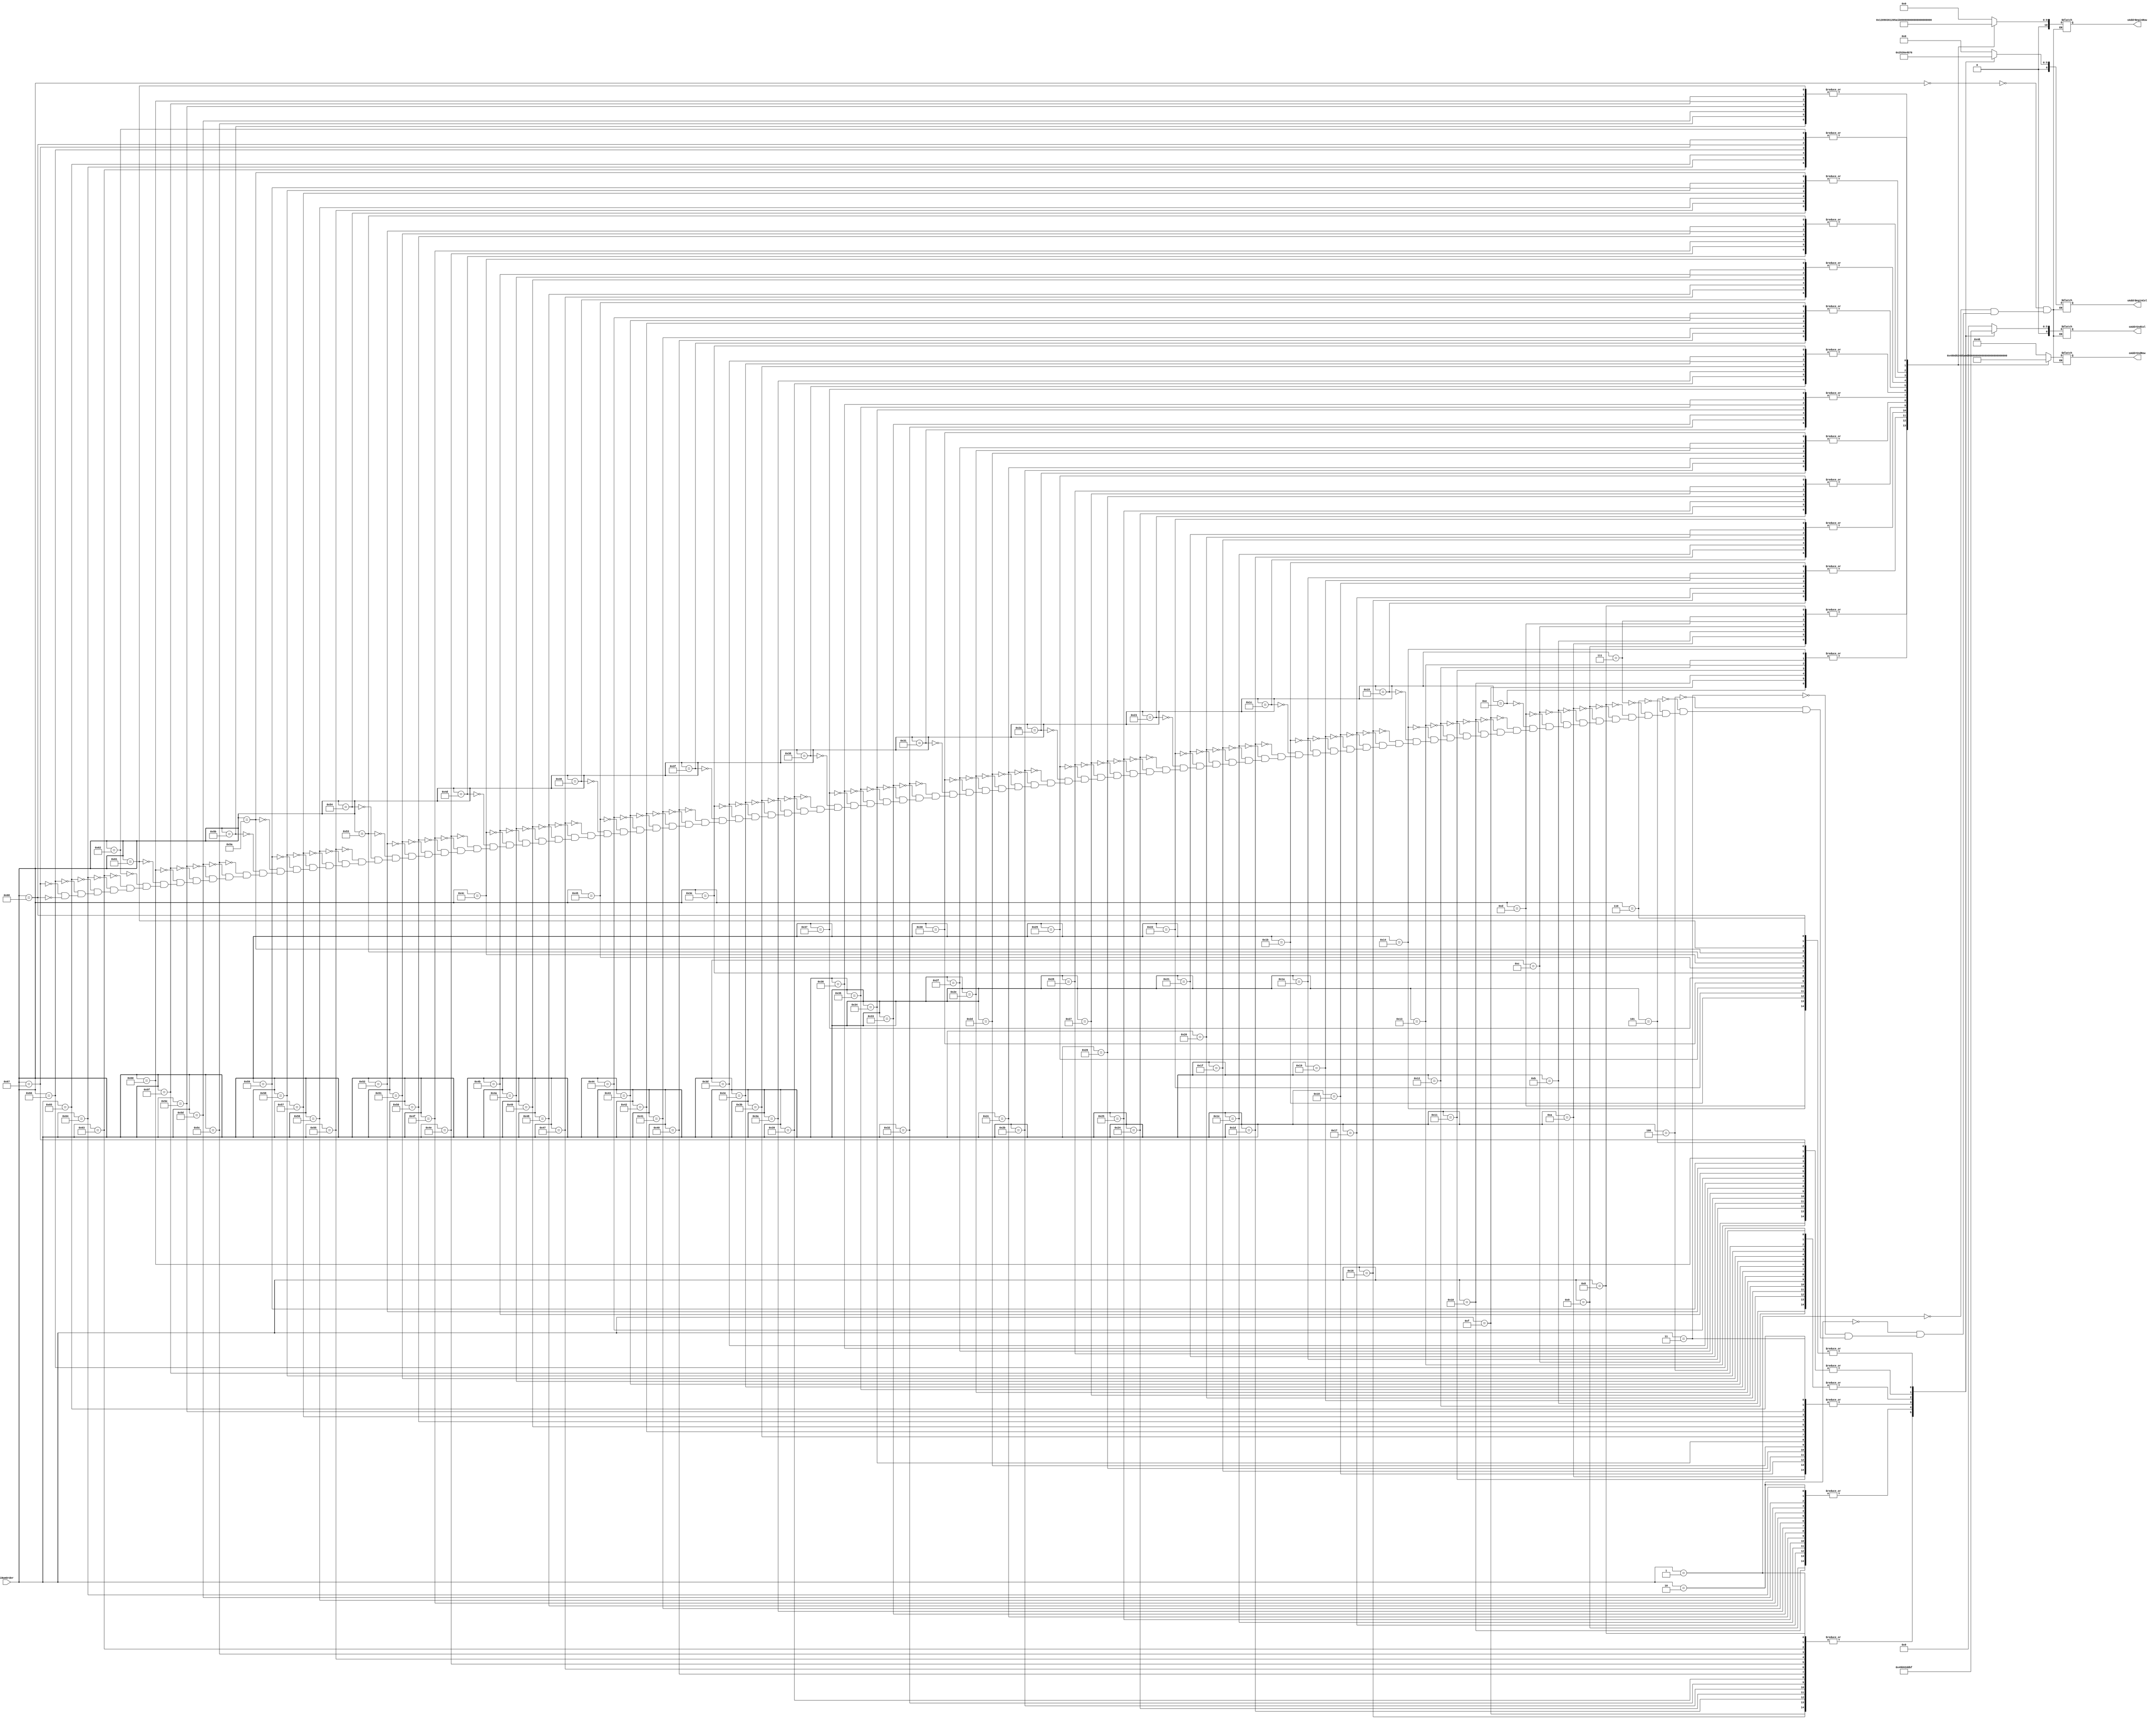
module Pre_Decoder(

input [6:0] iNumOrder,
output reg [10:0] oAddrBeginRow, oAddrEndRow,
output reg [6:0] oAddrBeginCol, oAddrEndCol
);
  
  wire [10:0] row1, row2, row3, row4, row5, row6, row7, row8;
  wire [10:0] row9, row10, row11, row12, row13, row14, row15, row16;
  
  wire [6:0] col1, col2, col3, col4, col5, col6, col7, col8;
  
  assign col1 = 7'd0;
  assign col2 = 7'd9;
  assign col3 = 7'd18;
  assign col4 = 7'd27;
  assign col5 = 7'd36;
  assign col6 = 7'd45;
  assign col7 = 7'd54;
  assign col8 = 7'd63;
  
  assign row1 = 14'd0;
  assign row2 = 14'd72;
  assign row3 = 14'd144;
  assign row4 = 14'd216;
  assign row5 = 14'd288;
  assign row6 = 14'd360;
  assign row7 = 14'd432;
  assign row8 = 14'd504;
  assign row9 = 14'd576;
  assign row10 = 14'd648;
  assign row11 = 14'd720;
  assign row12 = 14'd792;
  assign row13 = 14'd864;
  assign row14 = 14'd936;
  assign row15 = 14'd1008;
  assign row16 = 14'd1080;
  
  
  always @(iNumOrder)
  begin
    case (iNumOrder)
      7'd0 : begin 
			 oAddrBeginRow = row1;
			 oAddrEndRow   = row2;
             oAddrBeginCol = col1; 
			 oAddrEndCol   = col2; 
			 end
	  7'd1 : begin 
			 oAddrBeginRow = row1;
			 oAddrEndRow   = row2;
             oAddrBeginCol = col2; 
			 oAddrEndCol   = col3; 
			 end
	  7'd2 : begin 
			 oAddrBeginRow = row1;
			 oAddrEndRow   = row2;
             oAddrBeginCol = col3; 
			 oAddrEndCol   = col4; 
			 end
	  7'd3 : begin 
			 oAddrBeginRow = row1;
			 oAddrEndRow   = row2;
             oAddrBeginCol = col4; 
			 oAddrEndCol   = col5; 
			 end
	  7'd4 : begin 
			 oAddrBeginRow = row1;
			 oAddrEndRow   = row2;
             oAddrBeginCol = col5; 
			 oAddrEndCol   = col6; 
			 end
	  7'd5 : begin 
			 oAddrBeginRow = row1;
			 oAddrEndRow   = row2;
             oAddrBeginCol = col6; 
			 oAddrEndCol   = col7; 
			 end
	  7'd6 : begin 
			 oAddrBeginRow = row1;
			 oAddrEndRow   = row2;
             oAddrBeginCol = col7; 
			 oAddrEndCol   = col8; 
			 end
	/////////////////////////////		 
	  7'd7 : begin 
			 oAddrBeginRow = row2;
			 oAddrEndRow   = row3;
             oAddrBeginCol = col1; 
			 oAddrEndCol   = col2; 
			 end
	  7'd8 : begin 
			 oAddrBeginRow = row2;
			 oAddrEndRow   = row3;
             oAddrBeginCol = col2; 
			 oAddrEndCol   = col3; 
			 end
	  7'd9 : begin 
			 oAddrBeginRow = row2;
			 oAddrEndRow   = row3;
             oAddrBeginCol = col3; 
			 oAddrEndCol   = col4; 
			 end
	  7'd10 : begin 
			 oAddrBeginRow = row2;
			 oAddrEndRow   = row3;
             oAddrBeginCol = col4; 
			 oAddrEndCol   = col5; 
			 end
	  7'd11 : begin 
			 oAddrBeginRow = row2;
			 oAddrEndRow   = row3;
             oAddrBeginCol = col5; 
			 oAddrEndCol   = col6; 
			 end
	  7'd12 : begin 
			 oAddrBeginRow = row2;
			 oAddrEndRow   = row3;
             oAddrBeginCol = col6; 
			 oAddrEndCol   = col7; 
			 end
	  7'd13 : begin 
			 oAddrBeginRow = row2;
			 oAddrEndRow   = row3;
             oAddrBeginCol = col7; 
			 oAddrEndCol   = col8; 
			 end  
			 
	///////////////////////////
	
	  7'd14 : begin 
			 oAddrBeginRow = row3;
			 oAddrEndRow   = row4;
             oAddrBeginCol = col1; 
			 oAddrEndCol   = col2; 
			 end
	  7'd15 : begin 
			 oAddrBeginRow = row3;
			 oAddrEndRow   = row4;
             oAddrBeginCol = col2; 
			 oAddrEndCol   = col3; 
			 end
	  7'd16 : begin 
			 oAddrBeginRow = row3;
			 oAddrEndRow   = row4;
             oAddrBeginCol = col3; 
			 oAddrEndCol   = col4; 
			 end
	  7'd17 : begin 
			 oAddrBeginRow = row3;
			 oAddrEndRow   = row4;
             oAddrBeginCol = col4; 
			 oAddrEndCol   = col5; 
			 end
	  7'd18 : begin 
			 oAddrBeginRow = row3;
			 oAddrEndRow   = row4;
             oAddrBeginCol = col5; 
			 oAddrEndCol   = col6; 
			 end
	  7'd19 : begin 
			 oAddrBeginRow = row3;
			 oAddrEndRow   = row4;
             oAddrBeginCol = col6; 
			 oAddrEndCol   = col7; 
			 end
	  7'd20 : begin 
			 oAddrBeginRow = row3;
			 oAddrEndRow   = row4;
             oAddrBeginCol = col7; 
			 oAddrEndCol   = col8; 
			 end
	//////////////////////////
	
	  7'd21 : begin 
			 oAddrBeginRow = row4;
			 oAddrEndRow   = row5;
             oAddrBeginCol = col1; 
			 oAddrEndCol   = col2; 
			 end
	  7'd22 : begin 
			 oAddrBeginRow = row4;
			 oAddrEndRow   = row5;
             oAddrBeginCol = col2; 
			 oAddrEndCol   = col3; 
			 end
	  7'd23 : begin 
			 oAddrBeginRow = row4;
			 oAddrEndRow   = row5;
             oAddrBeginCol = col3; 
			 oAddrEndCol   = col4; 
			 end
	  7'd24 : begin 
			 oAddrBeginRow = row4;
			 oAddrEndRow   = row5;
             oAddrBeginCol = col4; 
			 oAddrEndCol   = col5; 
			 end
	  7'd25 : begin 
			 oAddrBeginRow = row4;
			 oAddrEndRow   = row5;
             oAddrBeginCol = col5; 
			 oAddrEndCol   = col6; 
			 end
	  7'd26 : begin 
			 oAddrBeginRow = row4;
			 oAddrEndRow   = row5;
             oAddrBeginCol = col6; 
			 oAddrEndCol   = col7; 
			 end
	  7'd27 : begin 
			 oAddrBeginRow = row4;
			 oAddrEndRow   = row5;
             oAddrBeginCol = col7; 
			 oAddrEndCol   = col8; 
			 end
    //////////////////////////
	
	  7'd28 : begin 
			 oAddrBeginRow = row5;
			 oAddrEndRow   = row6;
             oAddrBeginCol = col1; 
			 oAddrEndCol   = col2; 
			 end
	  7'd29 : begin 
			 oAddrBeginRow = row5;
			 oAddrEndRow   = row6;
             oAddrBeginCol = col2; 
			 oAddrEndCol   = col3; 
			 end
	  7'd30 : begin 
			 oAddrBeginRow = row5;
			 oAddrEndRow   = row6;
             oAddrBeginCol = col3; 
			 oAddrEndCol   = col4; 
			 end
	  7'd31 : begin 
			 oAddrBeginRow = row5;
			 oAddrEndRow   = row6;
             oAddrBeginCol = col4; 
			 oAddrEndCol   = col5; 
			 end
	  7'd32 : begin 
			 oAddrBeginRow = row5;
			 oAddrEndRow   = row6;
             oAddrBeginCol = col5; 
			 oAddrEndCol   = col6; 
			 end
	  7'd33 : begin 
			 oAddrBeginRow = row5;
			 oAddrEndRow   = row6;
             oAddrBeginCol = col6; 
			 oAddrEndCol   = col7; 
			 end
	  7'd34 : begin 
			 oAddrBeginRow = row5;
			 oAddrEndRow   = row6;
             oAddrBeginCol = col7; 
			 oAddrEndCol   = col8; 
			 end
	//////////////////////////
	
	  7'd35 : begin 
			 oAddrBeginRow = row6;
			 oAddrEndRow   = row7;
             oAddrBeginCol = col1; 
			 oAddrEndCol   = col2; 
			 end
	  7'd36 : begin 
			 oAddrBeginRow = row6;
			 oAddrEndRow   = row7;
             oAddrBeginCol = col2; 
			 oAddrEndCol   = col3; 
			 end
	  7'd37 : begin 
			 oAddrBeginRow = row6;
			 oAddrEndRow   = row7;
             oAddrBeginCol = col3; 
			 oAddrEndCol   = col4; 
			 end
	  7'd38 : begin 
			 oAddrBeginRow = row6;
			 oAddrEndRow   = row7;
             oAddrBeginCol = col4; 
			 oAddrEndCol   = col5; 
			 end
	  7'd39 : begin 
			 oAddrBeginRow = row6;
			 oAddrEndRow   = row7;
             oAddrBeginCol = col5; 
			 oAddrEndCol   = col6; 
			 end
	  7'd40 : begin 
			 oAddrBeginRow = row6;
			 oAddrEndRow   = row7;
             oAddrBeginCol = col6; 
			 oAddrEndCol   = col7; 
			 end
	  7'd41 : begin 
			 oAddrBeginRow = row6;
			 oAddrEndRow   = row7;
             oAddrBeginCol = col7; 
			 oAddrEndCol   = col8; 
			 end
			 
	///////////////////////////
	
	  7'd42 : begin 
			 oAddrBeginRow = row7;
			 oAddrEndRow   = row8;
             oAddrBeginCol = col1; 
			 oAddrEndCol   = col2; 
			 end
	  7'd43 : begin 
			 oAddrBeginRow = row7;
			 oAddrEndRow   = row8;
             oAddrBeginCol = col2; 
			 oAddrEndCol   = col3; 
			 end
	  7'd44 : begin 
			 oAddrBeginRow = row7;
			 oAddrEndRow   = row8;
             oAddrBeginCol = col3; 
			 oAddrEndCol   = col4; 
			 end
	  7'd45 : begin 
			 oAddrBeginRow = row7;
			 oAddrEndRow   = row8;
             oAddrBeginCol = col4; 
			 oAddrEndCol   = col5; 
			 end
	  7'd46 : begin 
			 oAddrBeginRow = row7;
			 oAddrEndRow   = row8;
             oAddrBeginCol = col5; 
			 oAddrEndCol   = col6; 
			 end
	  7'd47 : begin 
			 oAddrBeginRow = row7;
			 oAddrEndRow   = row8;
             oAddrBeginCol = col6; 
			 oAddrEndCol   = col7; 
			 end
	  7'd48 : begin 
			 oAddrBeginRow = row7;
			 oAddrEndRow   = row8;
             oAddrBeginCol = col7; 
			 oAddrEndCol   = col8; 
			 end
	////////////////////////////

	  7'd49 : begin 
			 oAddrBeginRow = row8;
			 oAddrEndRow   = row9;
             oAddrBeginCol = col1; 
			 oAddrEndCol   = col2; 
			 end
	  7'd50 : begin 
			 oAddrBeginRow = row8;
			 oAddrEndRow   = row9;
             oAddrBeginCol = col2; 
			 oAddrEndCol   = col3; 
			 end
	  7'd51 : begin 
			 oAddrBeginRow = row8;
			 oAddrEndRow   = row9;
             oAddrBeginCol = col3; 
			 oAddrEndCol   = col4; 
			 end
	  7'd52 : begin 
			 oAddrBeginRow = row8;
			 oAddrEndRow   = row9;
             oAddrBeginCol = col4; 
			 oAddrEndCol   = col5; 
			 end
	  7'd53 : begin 
			 oAddrBeginRow = row8;
			 oAddrEndRow   = row9;
             oAddrBeginCol = col5; 
			 oAddrEndCol   = col6; 
			 end
	  7'd54 : begin 
			 oAddrBeginRow = row8;
			 oAddrEndRow   = row9;
             oAddrBeginCol = col6; 
			 oAddrEndCol   = col7; 
			 end
	  7'd55 : begin 
			 oAddrBeginRow = row8;
			 oAddrEndRow   = row9;
             oAddrBeginCol = col7; 
			 oAddrEndCol   = col8; 
			 end
			 
	////////////////////////////
	
	  7'd56 : begin 
			 oAddrBeginRow = row9;
			 oAddrEndRow   = row10;
             oAddrBeginCol = col1; 
			 oAddrEndCol   = col2; 
			 end
	  7'd57 : begin 
			 oAddrBeginRow = row9;
			 oAddrEndRow   = row10;
             oAddrBeginCol = col2; 
			 oAddrEndCol   = col3; 
			 end
	  7'd58 : begin 
			 oAddrBeginRow = row9;
			 oAddrEndRow   = row10;
             oAddrBeginCol = col3; 
			 oAddrEndCol   = col4; 
			 end
	  7'd59 : begin 
			 oAddrBeginRow = row9;
			 oAddrEndRow   = row10;
             oAddrBeginCol = col4; 
			 oAddrEndCol   = col5; 
			 end
	  7'd60 : begin 
			 oAddrBeginRow = row9;
			 oAddrEndRow   = row10;
             oAddrBeginCol = col5; 
			 oAddrEndCol   = col6; 
			 end
	  7'd61 : begin 
			 oAddrBeginRow = row9;
			 oAddrEndRow   = row10;
             oAddrBeginCol = col6; 
			 oAddrEndCol   = col7; 
			 end
	  7'd62 : begin 
			 oAddrBeginRow = row9;
			 oAddrEndRow   = row10;
             oAddrBeginCol = col7; 
			 oAddrEndCol   = col8; 
			 end
	////////////////////////////
	
	  7'd63 : begin 
			 oAddrBeginRow = row10;
			 oAddrEndRow   = row11;
             oAddrBeginCol = col1; 
			 oAddrEndCol   = col2; 
			 end
	  7'd64 : begin 
			 oAddrBeginRow = row10;
			 oAddrEndRow   = row11;
             oAddrBeginCol = col2; 
			 oAddrEndCol   = col3; 
			 end
	  7'd65 : begin 
			 oAddrBeginRow = row10;
			 oAddrEndRow   = row11;
             oAddrBeginCol = col3; 
			 oAddrEndCol   = col4; 
			 end
	  7'd66 : begin 
			 oAddrBeginRow = row10;
			 oAddrEndRow   = row11;
             oAddrBeginCol = col4; 
			 oAddrEndCol   = col5; 
			 end
	  7'd67 : begin 
			 oAddrBeginRow = row10;
			 oAddrEndRow   = row11;
             oAddrBeginCol = col5; 
			 oAddrEndCol   = col6; 
			 end
	  7'd68 : begin 
			 oAddrBeginRow = row10;
			 oAddrEndRow   = row11;
             oAddrBeginCol = col6; 
			 oAddrEndCol   = col7; 
			 end
	  7'd69 : begin 
			 oAddrBeginRow = row10;
			 oAddrEndRow   = row11;
             oAddrBeginCol = col7; 
			 oAddrEndCol   = col8; 
			 end
	//////////////////////////////
	
	  7'd70 : begin 
			 oAddrBeginRow = row11;
			 oAddrEndRow   = row12;
             oAddrBeginCol = col1; 
			 oAddrEndCol   = col2; 
			 end
	  7'd71 : begin 
			 oAddrBeginRow = row11;
			 oAddrEndRow   = row12;
             oAddrBeginCol = col2; 
			 oAddrEndCol   = col3; 
			 end
	  7'd72 : begin 
			 oAddrBeginRow = row11;
			 oAddrEndRow   = row12;
             oAddrBeginCol = col3; 
			 oAddrEndCol   = col4; 
			 end
	  7'd73 : begin 
			 oAddrBeginRow = row11;
			 oAddrEndRow   = row12;
             oAddrBeginCol = col4; 
			 oAddrEndCol   = col5; 
			 end
	  7'd74 : begin 
			 oAddrBeginRow = row11;
			 oAddrEndRow   = row12;
             oAddrBeginCol = col5; 
			 oAddrEndCol   = col6; 
			 end
	  7'd75 : begin 
			 oAddrBeginRow = row11;
			 oAddrEndRow   = row12;
             oAddrBeginCol = col6; 
			 oAddrEndCol   = col7; 
			 end
	  7'd76 : begin 
			 oAddrBeginRow = row11;
			 oAddrEndRow   = row12;
             oAddrBeginCol = col7; 
			 oAddrEndCol   = col8; 
			 end
	////////////////////////////
	
	  7'd77 : begin 
			 oAddrBeginRow = row12;
			 oAddrEndRow   = row13;
             oAddrBeginCol = col1; 
			 oAddrEndCol   = col2; 
			 end
	  7'd78 : begin 
			 oAddrBeginRow = row12;
			 oAddrEndRow   = row13;
             oAddrBeginCol = col2; 
			 oAddrEndCol   = col3; 
			 end
	  7'd79 : begin 
			 oAddrBeginRow = row12;
			 oAddrEndRow   = row13;
             oAddrBeginCol = col3; 
			 oAddrEndCol   = col4; 
			 end
	  7'd80 : begin 
			 oAddrBeginRow = row12;
			 oAddrEndRow   = row13;
             oAddrBeginCol = col4; 
			 oAddrEndCol   = col5; 
			 end
	  7'd81 : begin 
			 oAddrBeginRow = row12;
			 oAddrEndRow   = row13;
             oAddrBeginCol = col5; 
			 oAddrEndCol   = col6; 
			 end
	  7'd82 : begin 
			 oAddrBeginRow = row12;
			 oAddrEndRow   = row13;
             oAddrBeginCol = col6; 
			 oAddrEndCol   = col7; 
			 end
	  7'd83 : begin 
			 oAddrBeginRow = row12;
			 oAddrEndRow   = row13;
             oAddrBeginCol = col7; 
			 oAddrEndCol   = col8; 
			 end
	///////////////////////////
	
	  7'd84 : begin 
			 oAddrBeginRow = row13;
			 oAddrEndRow   = row14;
             oAddrBeginCol = col1; 
			 oAddrEndCol   = col2; 
			 end
	  7'd85 : begin 
			 oAddrBeginRow = row13;
			 oAddrEndRow   = row14;
             oAddrBeginCol = col2; 
			 oAddrEndCol   = col3; 
			 end
	  7'd86 : begin 
			 oAddrBeginRow = row13;
			 oAddrEndRow   = row14;
             oAddrBeginCol = col3; 
			 oAddrEndCol   = col4; 
			 end
	  7'd87 : begin 
			 oAddrBeginRow = row13;
			 oAddrEndRow   = row14;
             oAddrBeginCol = col4; 
			 oAddrEndCol   = col5; 
			 end
	  7'd88 : begin 
			 oAddrBeginRow = row13;
			 oAddrEndRow   = row14;
             oAddrBeginCol = col5; 
			 oAddrEndCol   = col6; 
			 end
	  7'd89 : begin 
			 oAddrBeginRow = row13;
			 oAddrEndRow   = row14;
             oAddrBeginCol = col6; 
			 oAddrEndCol   = col7; 
			 end
	  7'd90 : begin 
			 oAddrBeginRow = row13;
			 oAddrEndRow   = row14;
             oAddrBeginCol = col7; 
			 oAddrEndCol   = col8; 
			 end
	///////////////////////////
	
	  7'd91 : begin 
			 oAddrBeginRow = row14;
			 oAddrEndRow   = row15;
             oAddrBeginCol = col1; 
			 oAddrEndCol   = col2; 
			 end
	  7'd92 : begin 
			 oAddrBeginRow = row14;
			 oAddrEndRow   = row15;
             oAddrBeginCol = col2; 
			 oAddrEndCol   = col3; 
			 end
	  7'd93 : begin 
			 oAddrBeginRow = row14;
			 oAddrEndRow   = row15;
             oAddrBeginCol = col3; 
			 oAddrEndCol   = col4; 
			 end
	  7'd94 : begin 
			 oAddrBeginRow = row14;
			 oAddrEndRow   = row15;
             oAddrBeginCol = col4; 
			 oAddrEndCol   = col5; 
			 end
	  7'd95 : begin 
			 oAddrBeginRow = row14;
			 oAddrEndRow   = row15;
             oAddrBeginCol = col5; 
			 oAddrEndCol   = col6; 
			 end
	  7'd96 : begin 
			 oAddrBeginRow = row14;
			 oAddrEndRow   = row15;
             oAddrBeginCol = col6; 
			 oAddrEndCol   = col7; 
			 end
	  7'd97 : begin 
			 oAddrBeginRow = row14;
			 oAddrEndRow   = row15;
             oAddrBeginCol = col7; 
			 oAddrEndCol   = col8; 
			 end
	////////////////////////////
	
	  7'd98 : begin 
			 oAddrBeginRow = row15;
			 oAddrEndRow   = row16;
             oAddrBeginCol = col1; 
			 oAddrEndCol   = col2; 
			 end
	  7'd99 : begin 
			 oAddrBeginRow = row15;
			 oAddrEndRow   = row16;
             oAddrBeginCol = col2; 
			 oAddrEndCol   = col3; 
			 end
	  7'd100 : begin 
			 oAddrBeginRow = row15;
			 oAddrEndRow   = row16;
             oAddrBeginCol = col3; 
			 oAddrEndCol   = col4; 
			 end
	  7'd101 : begin 
			 oAddrBeginRow = row15;
			 oAddrEndRow   = row16;
             oAddrBeginCol = col4; 
			 oAddrEndCol   = col5; 
			 end
	  7'd102 : begin 
			 oAddrBeginRow = row15;
			 oAddrEndRow   = row16;
             oAddrBeginCol = col5; 
			 oAddrEndCol   = col6; 
			 end
	  7'd103 : begin 
			 oAddrBeginRow = row15;
			 oAddrEndRow   = row16;
             oAddrBeginCol = col6; 
			 oAddrEndCol   = col7; 
			 end
	  7'd104 : begin 
			 oAddrBeginRow = row15;
			 oAddrEndRow   = row16;
             oAddrBeginCol = col7; 
			 oAddrEndCol   = col8; 
			 end
	
  endcase
  end
  
  
endmodule